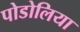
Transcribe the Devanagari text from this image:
पोडोलिया